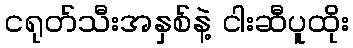
ငရုတ်သီးအနှစ်နဲ့ ငါးဆီပူထိုး